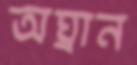
অঘ্রান